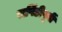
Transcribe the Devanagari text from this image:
सपिंडीपूर्वीं